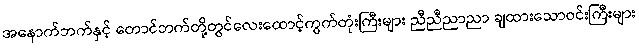
အနောက်ဘက်နှင့် တောင်ဘက်တို့တွင်လေးထောင့်ကွက်တုံးကြီးများ ညီညီညာညာ ချထားသောဝင်းကြီးများ